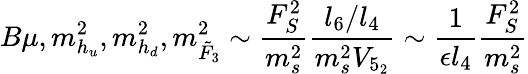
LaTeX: B\mu,m_{h_{u}}^{2},m_{h_{d}}^{2},m_{\tilde{F}_{3}}^{2}\sim\frac{F_{S}^{2}}{m_{s}^{2}}\frac{l_{6}/l_{4}}{m_{s}^{2}V_{5_{2}}}\sim\frac{1}{\epsilon l_{4}}\frac{F_{S}^{2}}{m_{s}^{2}}